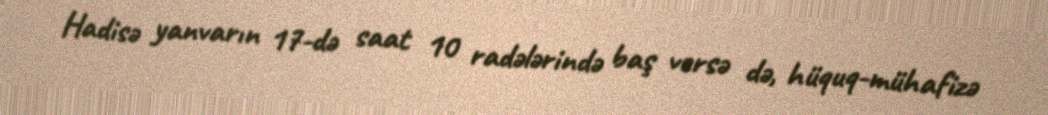
Hadisə yanvarın 17-də saat 10 radələrində baş versə də, hüquq-mühafizə